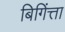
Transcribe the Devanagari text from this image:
बिगिंत्ता